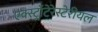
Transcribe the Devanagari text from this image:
एक्स्ट्रॉटेरेस्टेरीयल